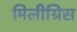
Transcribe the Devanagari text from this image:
मिलीग्रिस